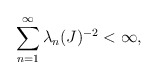
\begin{align*}\sum_{n=1}^{\infty}\lambda_{n}(J)^{-2}<\infty,\end{align*}